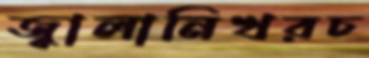
জ্বালানিখরচ